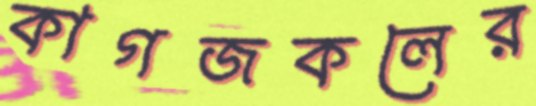
কাগজকলের